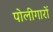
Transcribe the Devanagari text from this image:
पोलीगारों